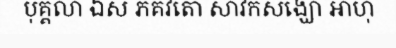
បុគ្គលា ឯស ភគវតោ សាវកសង្ឃោ ឤហុ